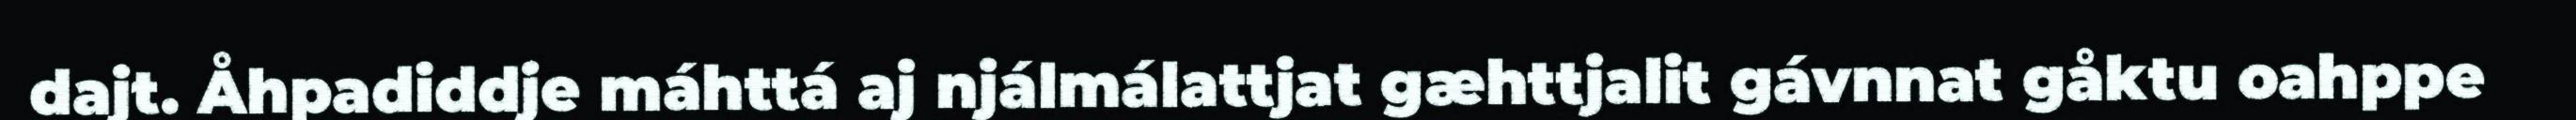
dajt. Åhpadiddje máhttá aj njálmálattjat gæhttjalit gávnnat gåktu oahppe